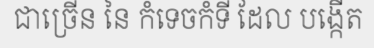
ជាច្រើន នៃ កំទេចកំទី ដែល បង្កើត